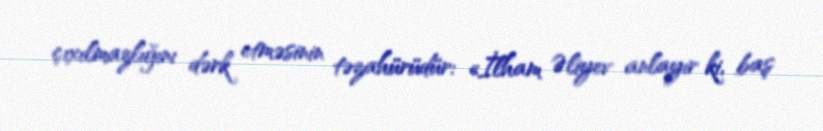
çıxılmazlığını dərk etməsinin təzahürüdür: «İlham Əliyev anlayır ki, baş